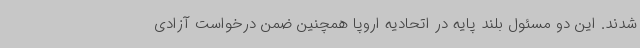
شدند. این دو مسئول بلند پایه در اتحادیه اروپا همچنین ضمن درخواست آزادی